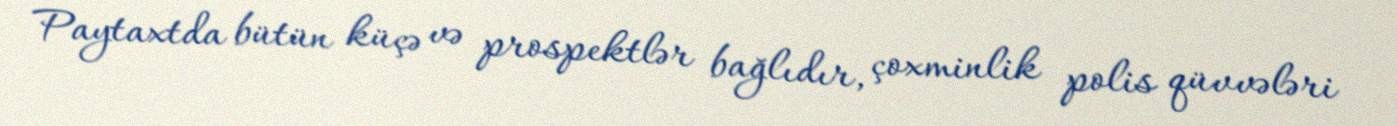
Paytaxtda bütün küçə və prospektlər bağlıdır, çoxminlik polis qüvvələri